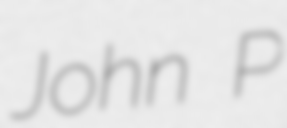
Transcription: John P